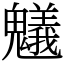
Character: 䰮